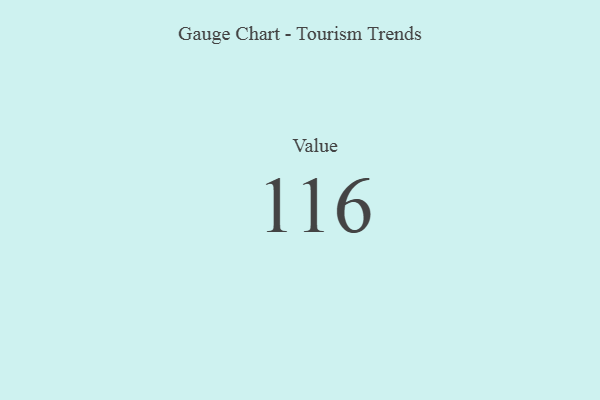
{"axis": {"x": "Metric", "y": "Value"}, "legend": [""], "data": [{"x": "Value", "y": 116, "type": ""}]}